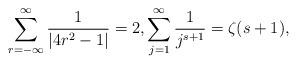
LaTeX: \begin{align*}\sum_{r=-\infty}^{\infty} \frac{1}{|4r^2-1|} = 2, \sum_{j=1}^{\infty} \frac{1}{j^{s+1}} = \zeta(s+1),\end{align*}